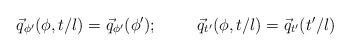
LaTeX: \begin{align*}\vec{q}_{\phi '} ( \phi, t/l) = \vec{q}_{\phi '} (\phi '); \hspace{1.0cm}\vec{q}_{t '} ( \phi, t/l) = \vec{q}_{t'} ( t '/l)\end{align*}